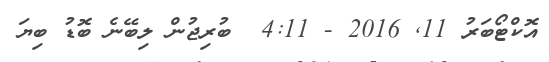
އޮކްޓޯބަރު 11